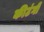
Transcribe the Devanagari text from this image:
कीटंगी